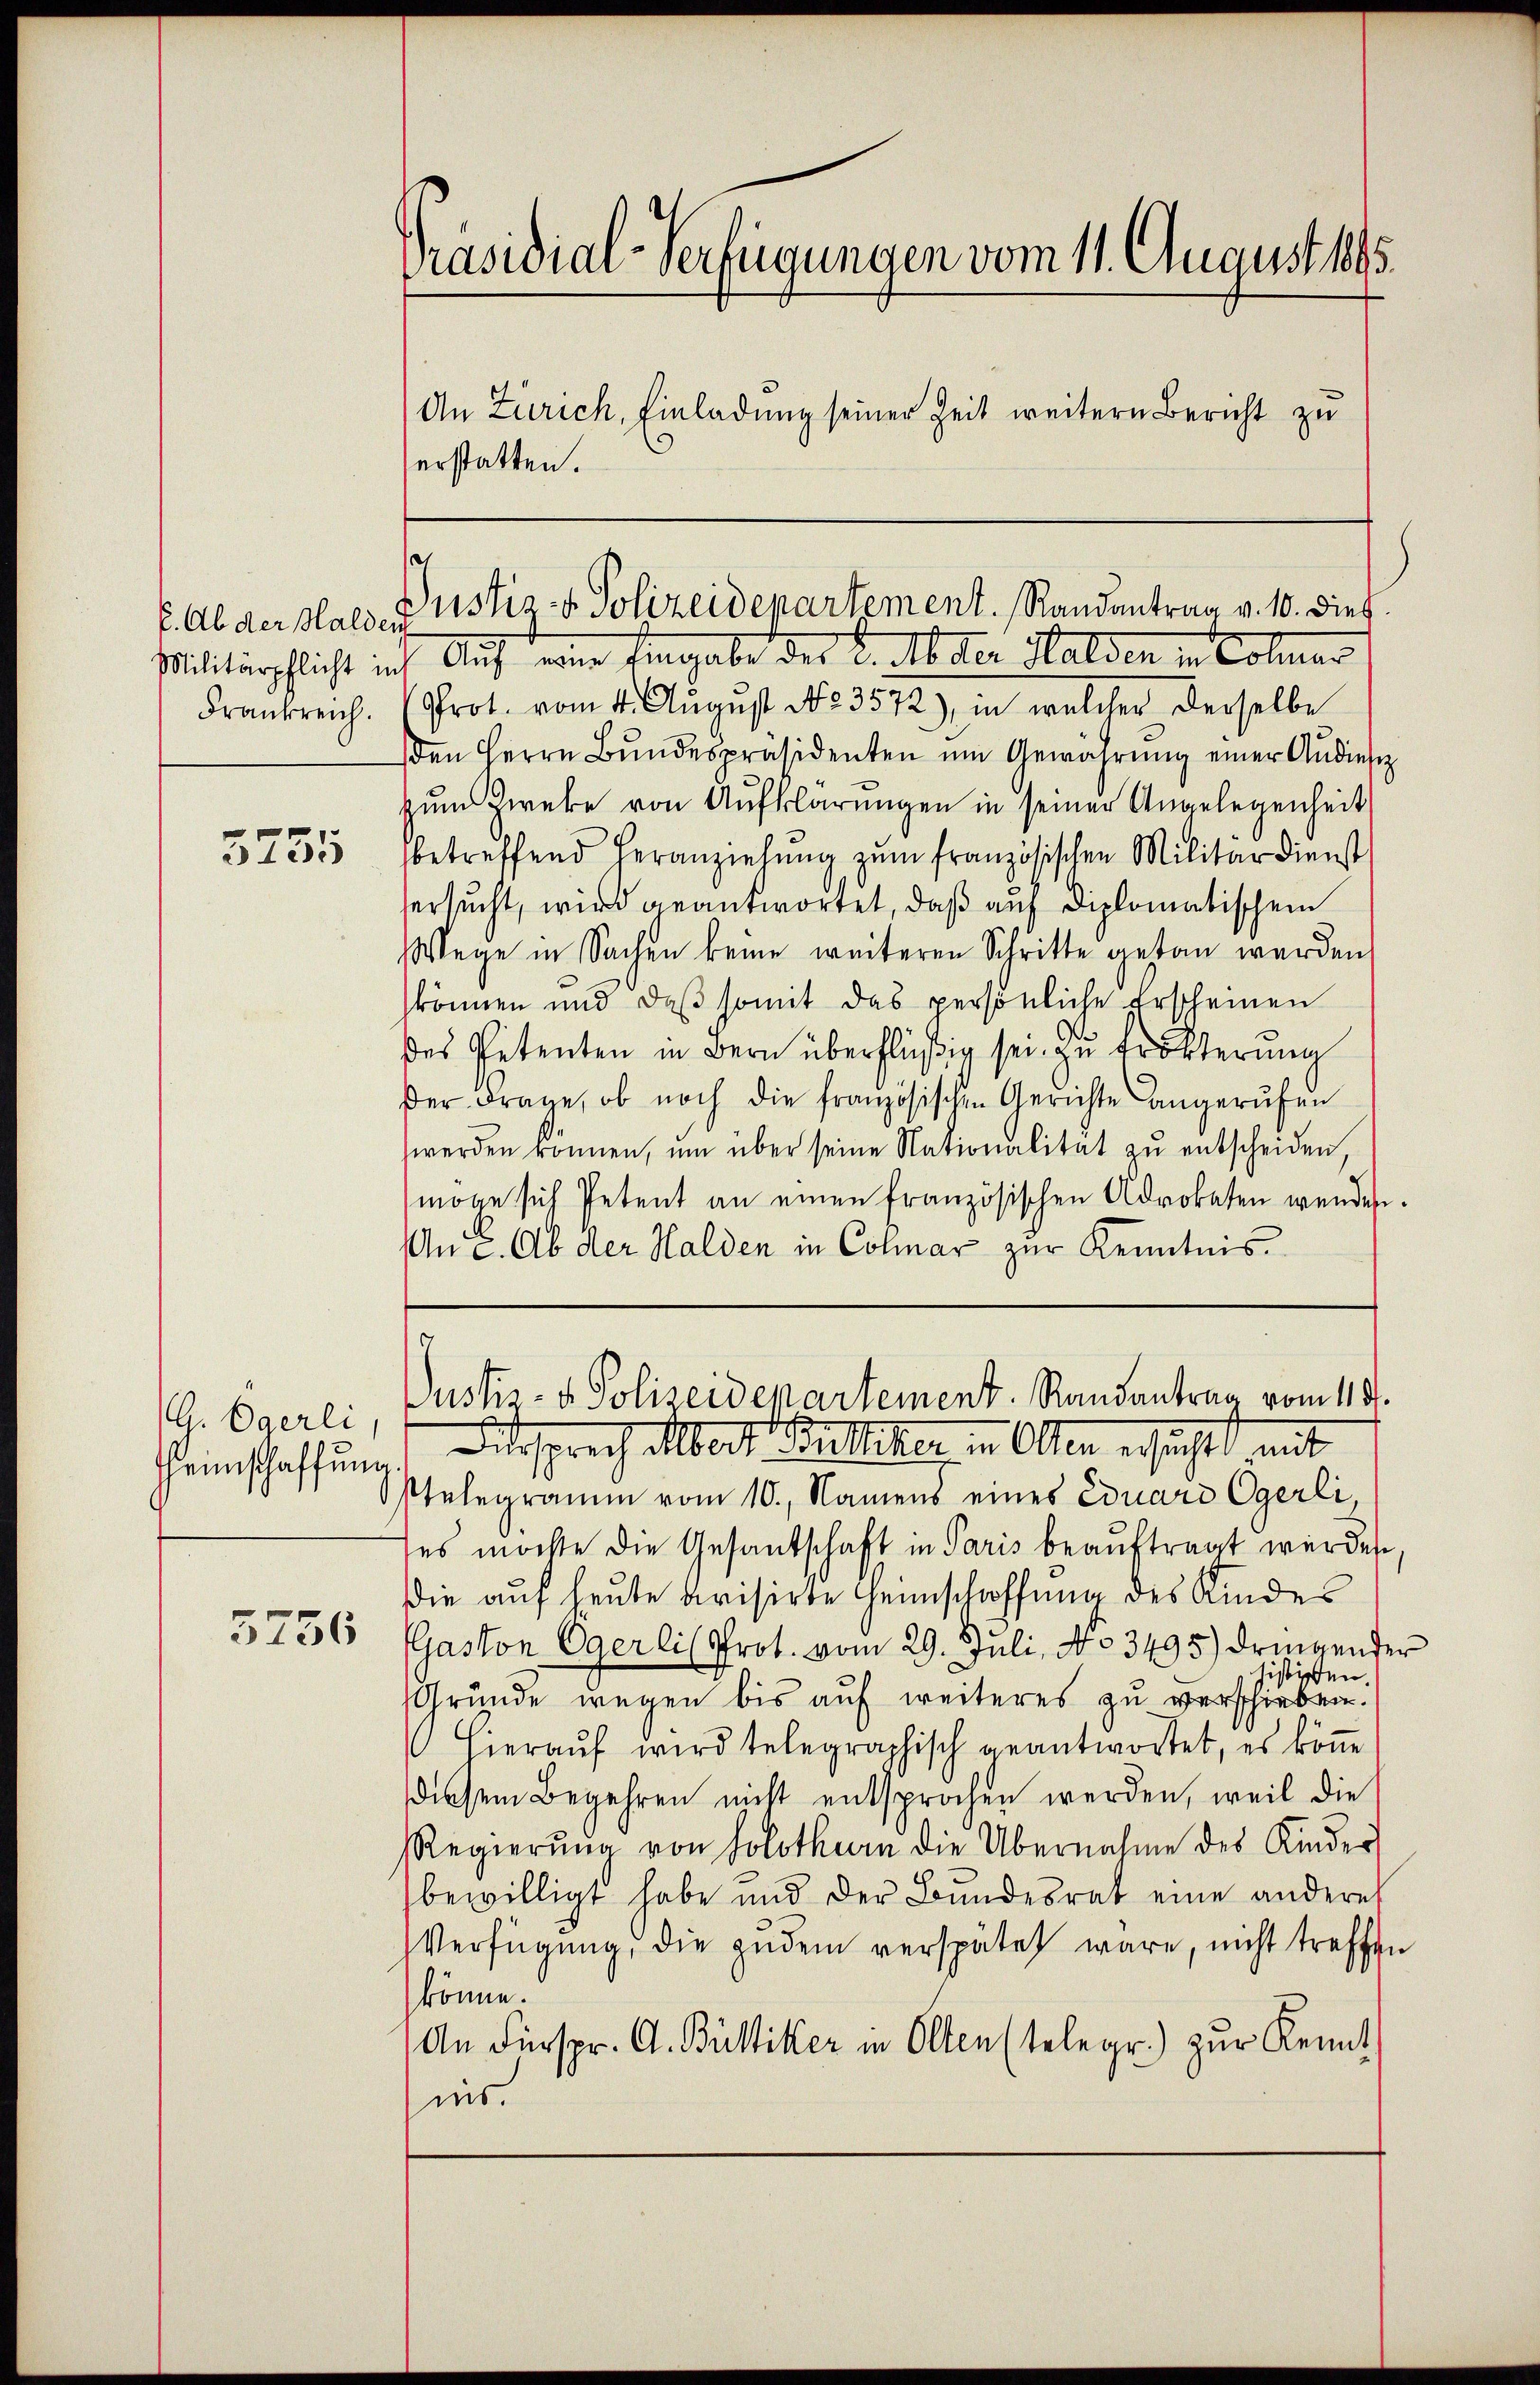
E. Ab der Halden

3755

G. Egerli,
Heimschaffung.

5756

Präsidial-Verfügungen vom 11. August 1895.
An Zürich, Einladung seiner Zeit weitern Bericht zu
erstatten.

Militärpflicht ich Auf eine Eingabe der K. b der Halden in Colmar
Frankreich. Prot. vom 4. August No 3572.), in welcher derselbe
den Herrn Bŭndespräsidenten ŭm Gewährŭng einer Audiese
zum Zwecke von Aufklärungen in seiner Angelegenheit
betreffend heranziehŭng zŭm französischen Militärdienst
ersucht, wird geantwortet, daß auf diplomatischem
Wege in Sachen keine weiteren Schritte getan werden,
können und daβ somit das persönliche Erscheinen
des Petenten in Bern überflüßig sei zu Erörterung
der Frage, ob noch die französischen Gerichte angerŭfen
werden können, um über seine Nationalität zu entscheiden,
möge sich Petent an einen französischen Advokaten wenden.
An c. Ob der Halden in Colmar zur Kenntnis

e
ustiz- & Polizeidepartement. Randantrag v. 10. dies

Justiz- & Polizeidepartement. Randantrag vom 119.

Ditsprech Albert Walliker in Olten ersucht mit
Ptelegramm vom 10., Namens eines Eduard Ogerli,
ses möchte die Gesandschaft in Paris beaŭftragt werden,
Die auf heute berisirte Heinschaffung des Kindes
Gaston Egerlis Prot. vom 29. Juli, No 3495) dringender
histirten.
Gründe wegen bis auf weiteres zu verschieben.
 hieraŭf wird telegraphisch geantwortet, es köṅe
diesem Begehren nicht entsprochen werden, weil die
Regierŭng von Solothurn die Übernahme des Kinder
bewilligt habe und der Bundesrat eine anderes
Verfügung, die zudem verspätet wäre, nicht treffen
könne.
An Fürspr. A. Büttiker in Olten stelegr.) zur Kennt
ins.